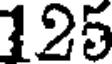
125